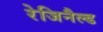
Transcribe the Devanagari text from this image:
रेजिनैल्ड